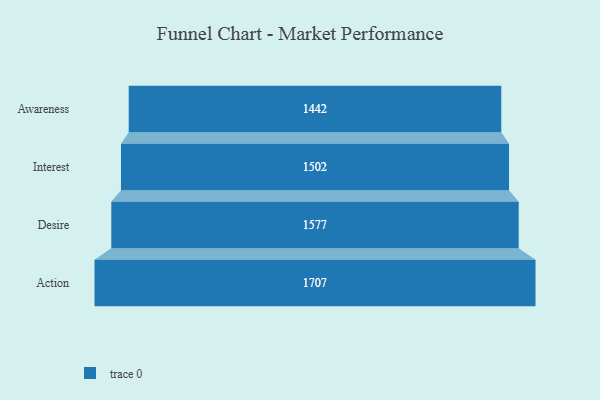
{"axis": {"x": "Stage", "y": "Value"}, "legend": [""], "data": [{"x": "Awareness", "y": 1442.0, "type": ""}, {"x": "Interest", "y": 1502.0, "type": ""}, {"x": "Desire", "y": 1577.0, "type": ""}, {"x": "Action", "y": 1707.0, "type": ""}]}